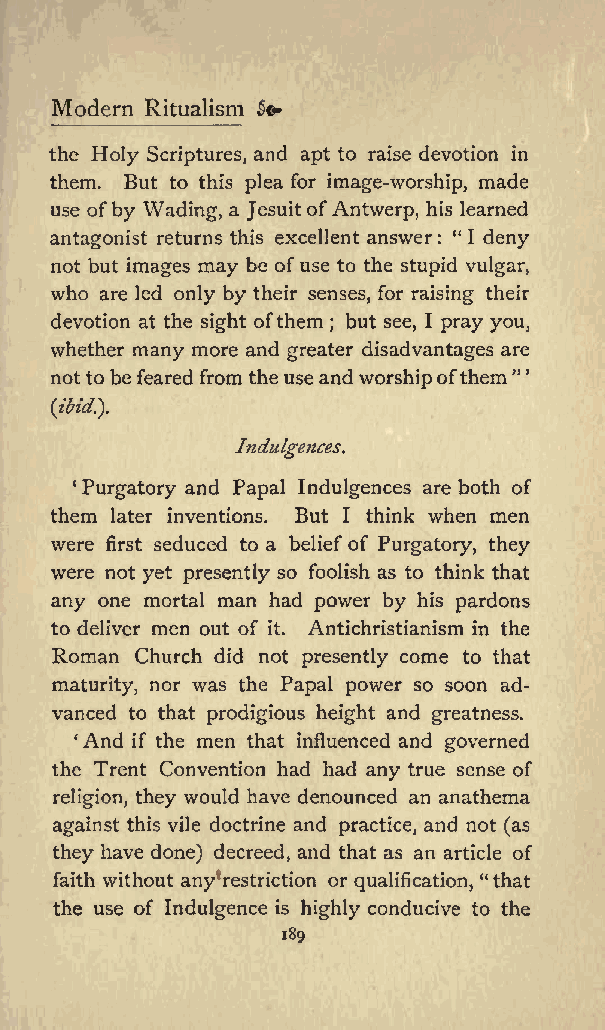
Modern Ritualism &&
 the Holy Scriptures, and apt to raise devotion in
 them. But to this plea for image-worship, made
 use ofby Wading, a JesuitofAntwerp, his learned
 antagonist returns this excellent answer : &quot; I deny
 not but images may be of use to the stupid vulgar,
 who are led only by their senses, for raising their
 devotion at the sight ofthem ; but see, I pray you,
 whether many more and greater disadvantages are
 not to be feared from the useand worshipofthem&quot;
 (ibid.}.
 Indulgences.
 Purgatory and Papal Indulgences are both of
 them later inventions. But I think when men
 were first seduced to a belief of Purgatory, they
 were not yet presently so foolish as to think that
 any one mortal man had power by his pardons
 to deliver men out of it. Antichristianism in the
 Roman Church did not presently come to that
 maturity, nor was the Papal power so soon ad
 vanced to that prodigious height and greatness.
 And if the men that influenced and governed
 the Trent Convention had had any true sense of
 religion, they would have denounced an anathema
 against this vile doctrine and practice, and not (as
 they have done) decreed, and that as an article of
 faith without any restriction or qualification, &quot;that
 the use of Indulgence is highly conducive to the
 189